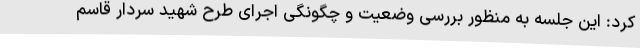
کرد: این جلسه به منظور بررسی وضعیت و چگونگی اجرای طرح شهید سردار قاسم